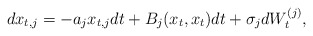
\begin{align*} dx_{t,j} = -a_j x_{t,j}dt + B_j(x_t,x_t)dt + \sigma_j dW_t^{(j)},\end{align*}